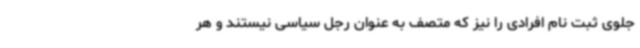
جلوی ثبت نام افرادی را نیز که متصف به عنوان رجل سیاسی نیستند و هر